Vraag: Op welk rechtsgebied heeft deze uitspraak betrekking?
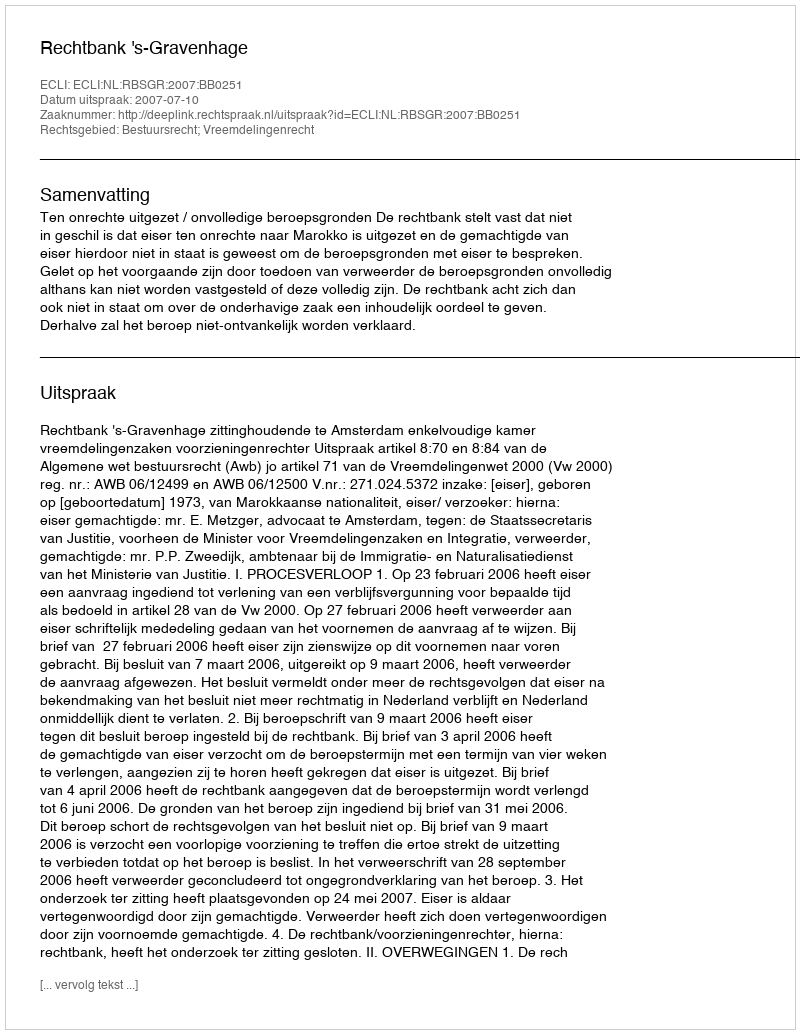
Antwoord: Bestuursrecht; Vreemdelingenrecht